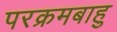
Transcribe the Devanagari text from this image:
परक्रमबाहु